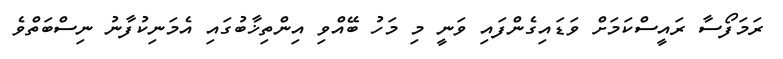
ރަމަފޯސާ ރައީސްކަމަށް ވަޑައިގެންފައި ވަނީ މި މަހު ބޭއްވި އިންތިޚާބުގައި އެމަނިކުފާނު ނިސްބަތްވެ